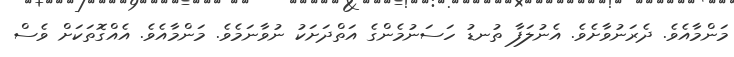
މަންމާއެވެ. ދެރަނުވާށެވެ. އެނުލަފާ ތުނޑު ހަސަނުމެންގެ އަތްދަށަކު ނުވާނަމެވެ. މަންމާއެވެ. އެއްގޮތަކަށް ވެސް